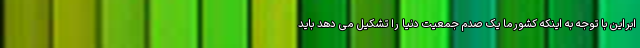
ابراین با توجه به اینکه کشورما یک صدم جمعیت دنیا را تشکیل می دهد باید